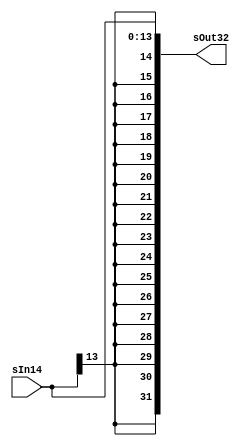
`timescale 1 ps / 100 fs

////////////////////////////////////////////////// Sign-Extension  for 14 bit
module sign_extend14(sOut32, sIn14);
    output [31:0] sOut32;
    input [13:0] sIn14;
    assign sOut32 = {{18{sIn14[13]}}, sIn14};
endmodule

////////////////////////////////////////////////// Sign-Extension  for 24 bit
module sign_extend24(sOut32, sIn24);
    output [31:0] sOut32;
    input [23:0] sIn24;
    assign sOut32 = {{8{sIn24[23]}}, sIn24};
endmodule